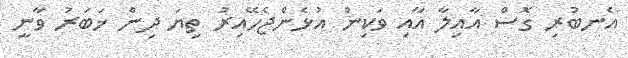
އެނބުރި ގޮސް އާއިލާ އާއި ވަކިން އުޅެންޖެހޭއިރު ތިޔަ ދިން ޚަބަރު ވާނީ